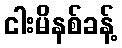
ငါးမိနစ်ခန့်